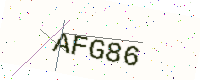
Text: AFG86